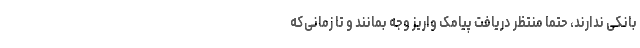
بانکی ندارند، حتما منتظر دریافت پیامک واریز وجه بمانند و تا زمانی‌که